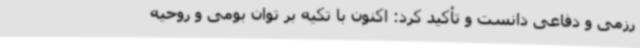
رزمی و دفاعی دانست و تأکید کرد: اکنون با تکیه‌ بر توان بومی و روحیه